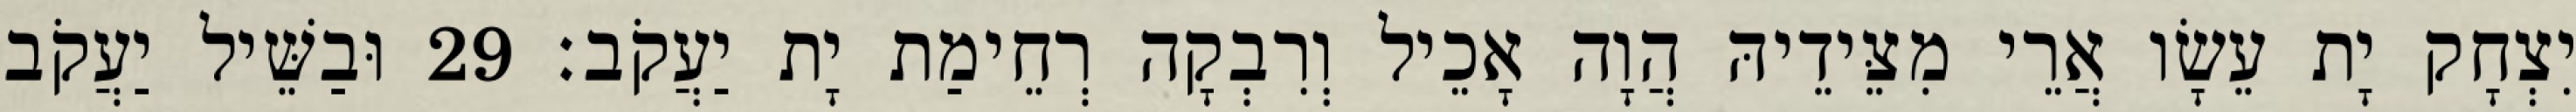
יִצְחָק יָת עֵשָׂו אֲרֵי מִצֵּידֵיהּ הֲוָה אָכֵיל וְרִבְקָה רְחֵימַת יָת יַעֲקֹב׃ 29 וּבַשֵּׁיל יַעֲקֹב